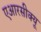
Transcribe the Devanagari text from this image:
एआरसीक्यू